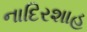
નાદિરશાહ